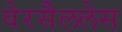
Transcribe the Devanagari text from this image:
वेरसैललेस